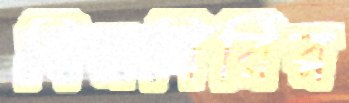
বিরগিরির